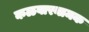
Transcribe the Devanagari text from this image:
कळवारनामक